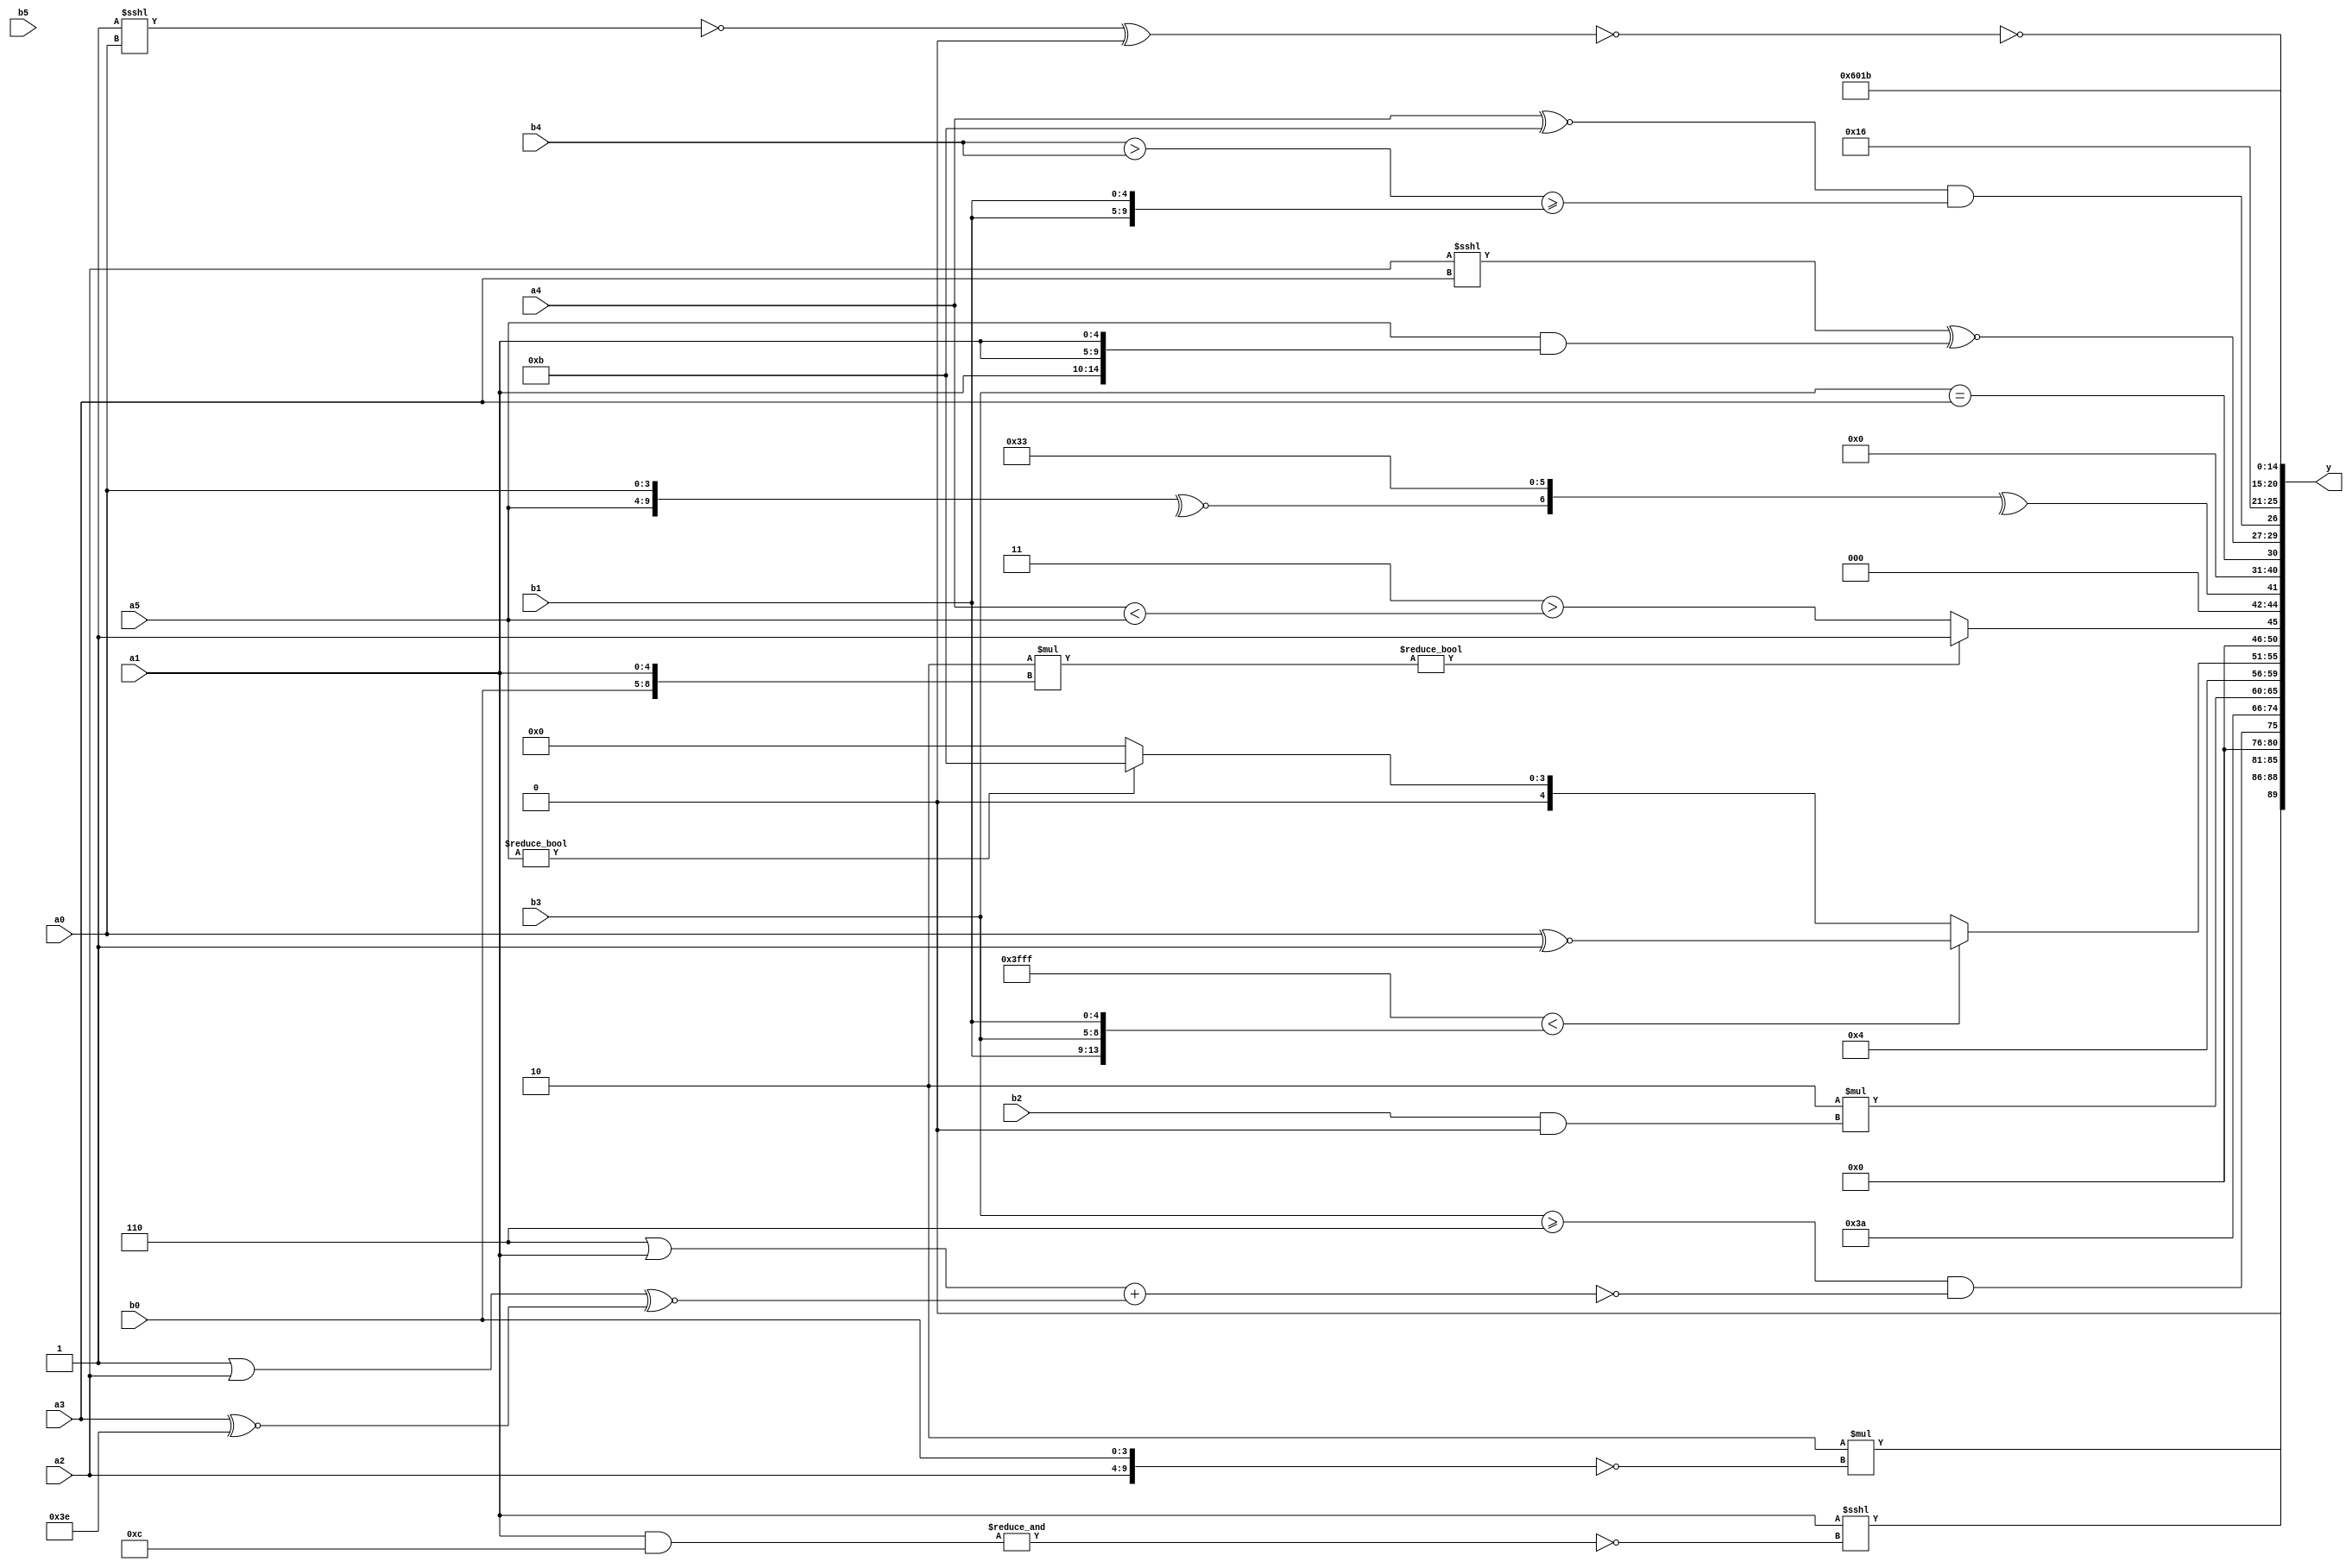
module expression_00268(a0, a1, a2, a3, a4, a5, b0, b1, b2, b3, b4, b5, y);
  input [3:0] a0;
  input [4:0] a1;
  input [5:0] a2;
  input signed [3:0] a3;
  input signed [4:0] a4;
  input signed [5:0] a5;

  input [3:0] b0;
  input [4:0] b1;
  input [5:0] b2;
  input signed [3:0] b3;
  input signed [4:0] b4;
  input signed [5:0] b5;

  wire [3:0] y0;
  wire [4:0] y1;
  wire [5:0] y2;
  wire signed [3:0] y3;
  wire signed [4:0] y4;
  wire signed [5:0] y5;
  wire [3:0] y6;
  wire [4:0] y7;
  wire [5:0] y8;
  wire signed [3:0] y9;
  wire signed [4:0] y10;
  wire signed [5:0] y11;
  wire [3:0] y12;
  wire [4:0] y13;
  wire [5:0] y14;
  wire signed [3:0] y15;
  wire signed [4:0] y16;
  wire signed [5:0] y17;

  output [89:0] y;
  assign y = {y0,y1,y2,y3,y4,y5,y6,y7,y8,y9,y10,y11,y12,y13,y14,y15,y16,y17};

  localparam [3:0] p0 = (((~^(5'd1))>>>((5'sd5)&&(4'sd5)))>>>(((5'sd4)^~(-2'sd0))>>((4'd7)!==(5'sd0))));
  localparam [4:0] p1 = {2{{3{{2{(5'd0)}}}}}};
  localparam [5:0] p2 = {3{(4'd2)}};
  localparam signed [3:0] p3 = (~|(-5'sd3));
  localparam signed [4:0] p4 = {(((5'd5)?(3'sd3):(5'd16))?((2'd2)!==(4'd5)):{{(-3'sd2)}})};
  localparam signed [5:0] p5 = ((((5'd2)?(-4'sd0):(2'd2))>((-3'sd2)?(-4'sd1):(3'd5)))!=(((4'd5)^(5'sd10))+(5'd28)));
  localparam [3:0] p6 = ((4'd11)|(2'd3));
  localparam [4:0] p7 = {3{((-2'sd1)?(5'sd12):(-5'sd2))}};
  localparam [5:0] p8 = ((~&(~|(2'd2)))%(5'sd6));
  localparam signed [3:0] p9 = ((!(^(-5'sd9)))>((-2'sd1)>>>(2'd2)));
  localparam signed [4:0] p10 = {(2'sd0)};
  localparam signed [5:0] p11 = (((5'd1)/(5'd8))?((-2'sd1)-(-4'sd2)):((3'd0)?(4'd13):(-4'sd2)));
  localparam [3:0] p12 = {((~^{(2'sd1),(-2'sd0)})?(~|{(3'sd0),(-4'sd4)}):{1{{4{(5'sd6)}}}})};
  localparam [4:0] p13 = ({(2'd1),(4'd1),(4'sd1)}^{(-4'sd6)});
  localparam [5:0] p14 = (!{1{({{(5'd17),(3'd0),(4'sd2)}}||{4{(2'sd0)}})}});
  localparam signed [3:0] p15 = (((4'sd5)==(-2'sd1))||((-3'sd2)-(2'd0)));
  localparam signed [4:0] p16 = ({((2'd1)!==(-2'sd0)),{(3'd5),(5'd26),(5'sd14)},{(-4'sd7)}}||(((5'd28)+(-4'sd7))!==((4'd6)?(4'd4):(3'd4))));
  localparam signed [5:0] p17 = (-5'sd10);

  assign y0 = (4'd2 * (!{a2,b0}));
  assign y1 = ((p7?a1:p8)<<<(~&(a1&p7)));
  assign y2 = ((!((|(2'd1))!=(|(b3>=p12))))&&(~(((-3'sd2)||$unsigned(a1))+((p5|a2)^~(a3^~p11)))));
  assign y3 = {$signed(((4'd1)))};
  assign y4 = (5'd2 * (p7+p8));
  assign y5 = (4'd2 * (b2&p14));
  assign y6 = (((~^p15)?(a2?p8:p12):(5'd2 * p2))+(-((p4&&p0)<(p14<<p10))));
  assign y7 = (((-2'sd1)<{b1,b3,b1})?({a0}^~(p9)):((a5<<<p1)?(p10+p6):(5'd2 * p0)));
  assign y8 = ((4'd2 * {b0,a1})?(3'd1):((-2'sd1)>(a4<a5)));
  assign y9 = (^$unsigned({(~^{a5,a0}),(3'd6),(3'sd3)}));
  assign y10 = (~|{(p17>>>p5),(p13&p5),{3{p13}}});
  assign y11 = (|({4{(b3==a3)}}));
  assign y12 = {{{1{({(a2<<<a3)}^~({1{a5}}&{3{a1}}))}},({1{(a4^~p6)}}&&((b4>b4)>={2{b1}}))}};
  assign y13 = ((a3?p4:p8)?(5'd22):{2{(5'd29)}});
  assign y14 = (~(~$signed(($signed((~|((~^p2)<<<$signed(a0))))^$signed((~|(|((!p12)<=(^p14)))))))));
  assign y15 = {1{(p9?p7:p13)}};
  assign y16 = (!(p11>>>p15));
  assign y17 = (+p13);
endmodule